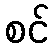
စင်